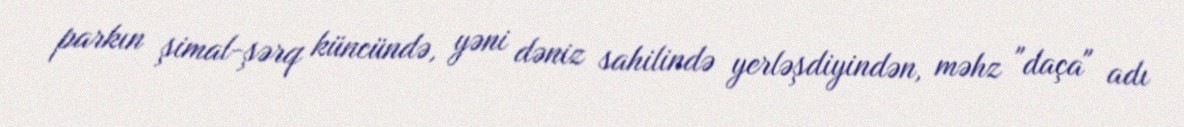
parkın şimal-şərq küncündə, yəni dəniz sahilində yerləşdiyindən, məhz "daça" adı